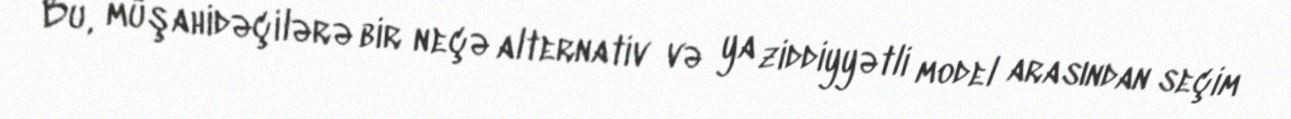
Bu, müşahidəçilərə bir neçə alternativ və ya ziddiyyətli model arasından seçim